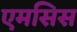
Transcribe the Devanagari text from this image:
एमसिस